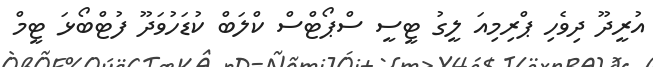
އުރީދޫ ދިވެހި ޕްރިމިއަ ލީގު ޓީސީ ސްޕޯޓްސް ކްލަބް ކުޑަހުވަދޫ ފުޓްބޯޅަ ޓީމް